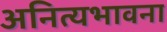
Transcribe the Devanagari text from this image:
अनित्यभावना